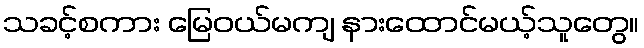
သခင့်စကား မြေဝယ်မကျ နားထောင်မယ့်သူတွေ။